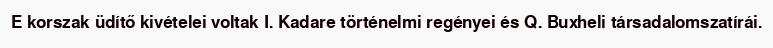
E korszak üdítő kivételei voltak I. Kadare történelmi regényei és Q. Buxheli társadalomszatírái.